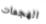
الهجمات